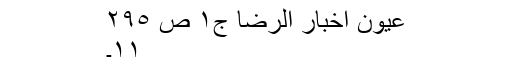
عیون اخبار الرضا ج١ ص ٢٩٥
١١۔